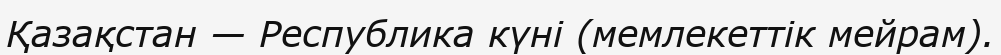
Қазақстан — Республика күні (мемлекеттік мейрам).